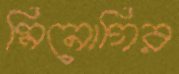
মিনোগির